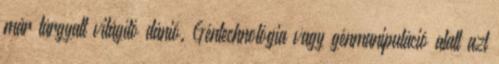
már tárgyalt világító dánió. Géntechnológia vagy génmanipuláció alatt azt